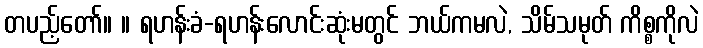
တပည့်တော်။ ။ ရဟန်းခံ-ရဟန်းလောင်းဆုံးမတွင် ဘယ်ကမလဲ, သိမ်သမုတ် ကိစ္စကိုလဲ